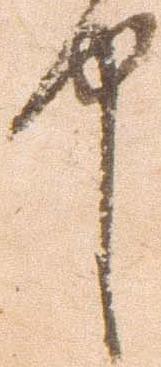
中